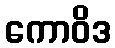
ကောဝိဒ